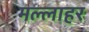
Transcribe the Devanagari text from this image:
मल्लाहर